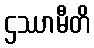
ဌဿာမီတိ